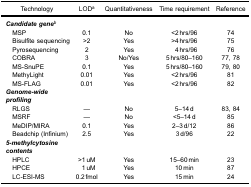
<table><thead><tr><td><b>Technology</b></td><td><b>LOD<sup>a</sup></b></td><td><b>Quantitativeness</b></td><td><b>Time requirement</b></td><td><b>Reference</b></td></tr></thead><tbody><tr><td><b><i>Candidate gene</i></b><sup>b</sup></td><td> </td><td> </td><td> </td><td> </td></tr><tr><td> MSP</td><td>0.1</td><td>No</td><td>&lt;2 hrs/96</td><td>74</td></tr><tr><td> Bisulfite sequencing</td><td>&gt;2</td><td>Yes</td><td>&gt;4 hrs/96</td><td>75</td></tr><tr><td> Pyrosequencing</td><td>2</td><td>Yes</td><td>4 hrs/96</td><td>76</td></tr><tr><td> COBRA</td><td>3</td><td>No/Yes</td><td>5 hrs/80–160</td><td>77, 78</td></tr><tr><td> MS-SnuPE</td><td>0.1</td><td>Yes</td><td>5 hrs/80–160</td><td>79, 80</td></tr><tr><td> MethyLight</td><td>0.01</td><td>Yes</td><td>&lt;2 hrs/96</td><td>81</td></tr><tr><td> MS-FLAG</td><td>0.01</td><td>Yes</td><td>&lt;2 hrs/96</td><td>82</td></tr><tr><td><b><i>Genome-wide profiling</i></b></td><td> </td><td> </td><td> </td><td> </td></tr><tr><td> RLGS</td><td>—</td><td>No</td><td>5–14 d</td><td>83, 84</td></tr><tr><td> MSRF</td><td>—</td><td>No</td><td>&lt;5–14 d</td><td>85</td></tr><tr><td> MeDIP/MIRA</td><td>0.1</td><td>Yes</td><td>2–3 d/12</td><td>86</td></tr><tr><td> Beadchip (Infinium)</td><td>2.5</td><td>Yes</td><td>3 d/96</td><td>22</td></tr><tr><td><b><i>5-methylcytosine contents</i></b></td><td> </td><td> </td><td> </td><td> </td></tr><tr><td> HPLC</td><td>&gt;1 uM</td><td>Yes</td><td>15–60 min</td><td>23</td></tr><tr><td> HPCE</td><td>1 uM</td><td>Yes</td><td>10 min</td><td>87</td></tr><tr><td> LC-ESI-MS</td><td>0.2 fmol</td><td>Yes</td><td>15 min</td><td>24</td></tr></tbody></table>